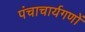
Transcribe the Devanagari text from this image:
पंचाचार्यगणों